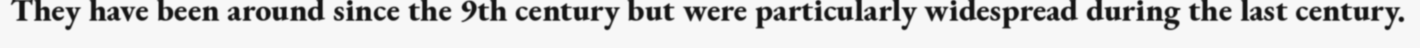
They have been around since the 9th century but were particularly widespread during the last century.